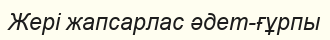
Жері жапсарлас әдет-ғұрпы